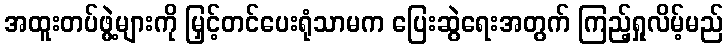
အထူးတပ်ဖွဲ့များကို မြှင့်တင်ပေးရုံသာမက ပြေးဆွဲရေးအတွက် ကြည့်ရှုလိမ့်မည်